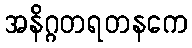
အနိဂ္ဂတရတနကေ